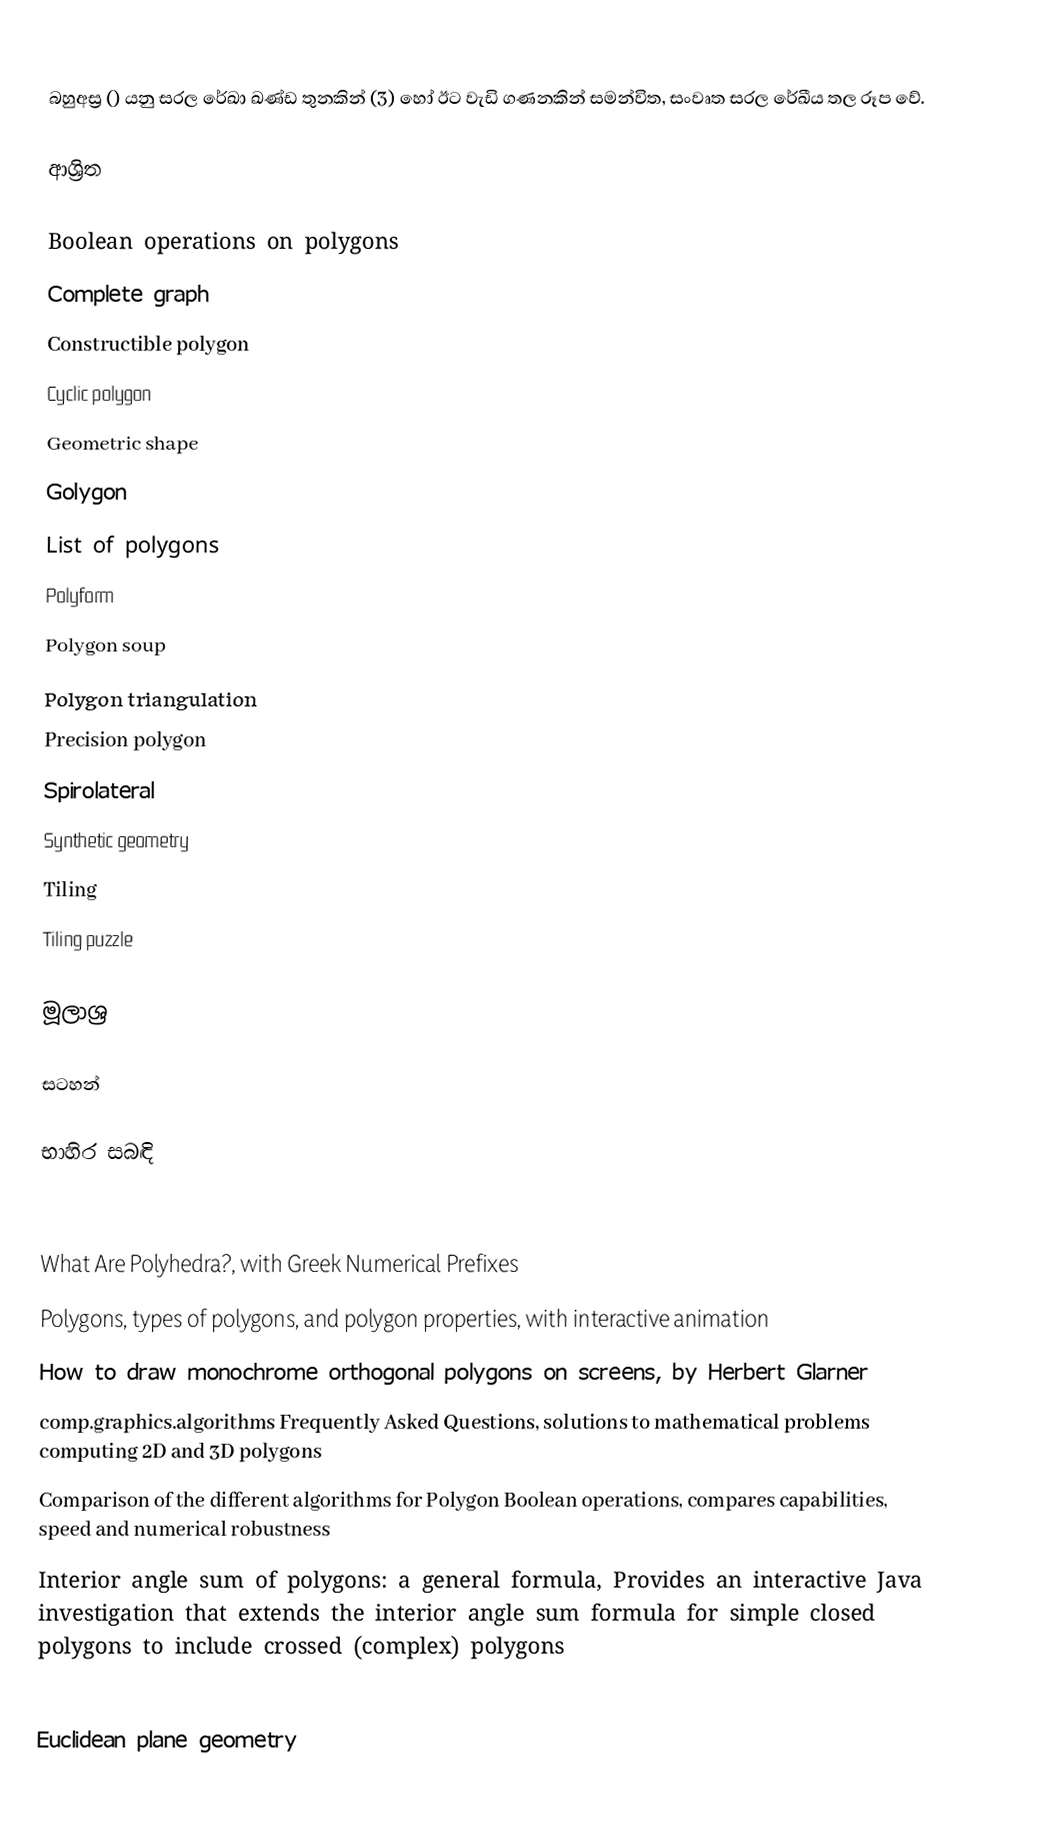
බහුඅස්‍ර () යනු සරල රේඛා ඛණ්ඩ තුනකින් (3) හෝ ඊට වැඩි ගණනකින් සමන්විත, සංවෘත සරල රේඛීය තල රූප වේ.

ආශ්‍රිත

 Boolean operations on polygons
 Complete graph
 Constructible polygon
 Cyclic polygon
 Geometric shape
 Golygon
 List of polygons
 Polyform
 Polygon soup
 Polygon triangulation
 Precision polygon
 Spirolateral
 Synthetic geometry
 Tiling
 Tiling puzzle

මූලාශ්‍ර

සටහන්

භාහිර සබඳි

 What Are Polyhedra?, with Greek Numerical Prefixes
 Polygons, types of polygons, and polygon properties, with interactive animation
 How to draw monochrome orthogonal polygons on screens, by Herbert Glarner
 comp.graphics.algorithms Frequently Asked Questions, solutions to mathematical problems computing 2D and 3D polygons
 Comparison of the different algorithms for Polygon Boolean operations, compares capabilities, speed and numerical robustness
 Interior angle sum of polygons: a general formula, Provides an interactive Java investigation that extends the interior angle sum formula for simple closed polygons to include crossed (complex) polygons

Euclidean plane geometry